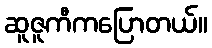
ဆူဇူကီကပြောတယ်။